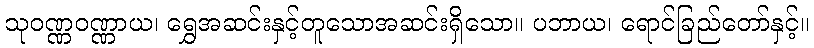
သုဝဏ္ဏဝဏ္ဏာယ၊ ရွှေအဆင်းနှင့်တူသောအဆင်းရှိသော။ ပဘာယ၊ ရောင်ခြည်တော်နှင့်။